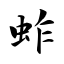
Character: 蚱